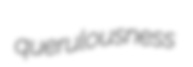
querulousness